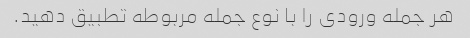
هر جمله ورودی را با نوع جمله مربوطه تطبیق دهید.